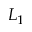
L _ { 1 }